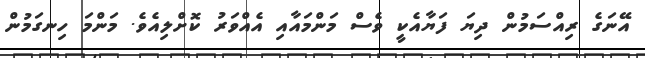
އޭނަގެ ރިއްސަމުން ދިޔަ ފަޔާއެކީ ވެސް މަންމައާއި އެއްވަރު ކޮށްލިއެވެ. މަންމަ ހިނގަމުން